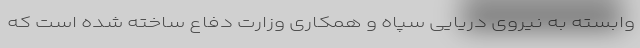
وابسته به نیروی دریایی سپاه و همکاری وزارت دفاع ساخته شده است که